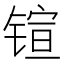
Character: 𲈎